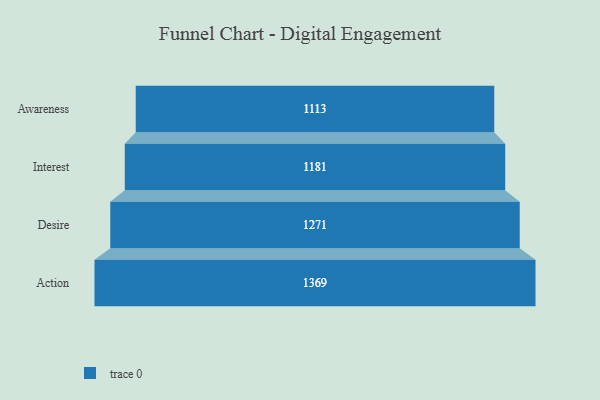
{"axis": {"x": "Stage", "y": "Value"}, "legend": [""], "data": [{"x": "Awareness", "y": 1113.0, "type": ""}, {"x": "Interest", "y": 1181.0, "type": ""}, {"x": "Desire", "y": 1271.0, "type": ""}, {"x": "Action", "y": 1369.0, "type": ""}]}